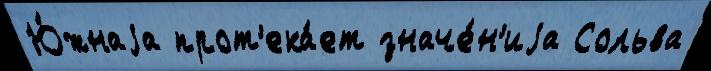
Ю́жнаjа прот'ека́ет значе́н'иjа Сольва